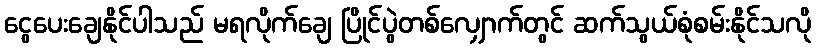
ငွေပေးချေနိုင်ပါသည် မရလိုက်ချေ ပြိုင်ပွဲတစ်လျှောက်တွင် ဆက်သွယ်စုံစမ်းနိုင်သလို